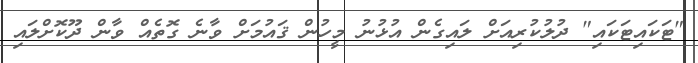
"ޓަކައިޓަކައި" ދުލުކުރިއަށް ލައިގެން އުޅުނު މީހުން ޤައުމަށް ވާނެ ގޮތެއް ވާން ދޫކޮށްލައި